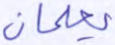
يعلمان